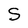
Character: S